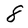
Character: 8